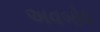
અવબોધ